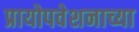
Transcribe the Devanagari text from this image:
प्रायोपवेशनाच्या